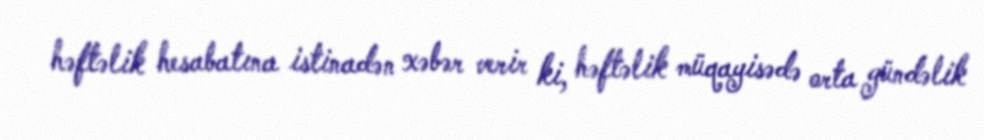
həftəlik hesabatına istinadən xəbər verir ki, həftəlik müqayisədə orta gündəlik